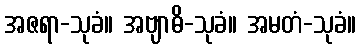
အဇရာ-သုခံ။ အဗျာဓိ-သုခံ။ အမတံ-သုခံ။